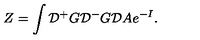
Z = \int { \cal D } { ^ + } G { \cal D } { ^ - } G { \cal D } A e ^ { - I } .